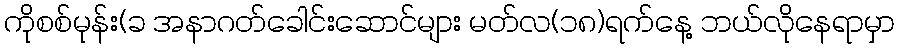
ကိုစစ်မုန်း(ခ အနာဂတ်ခေါင်းဆောင်များ မတ်လ(၁၈)ရက်နေ့ ဘယ်လိုနေရာမှာ